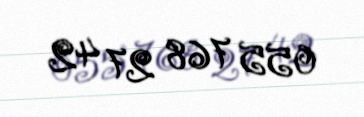
055 768 27 42